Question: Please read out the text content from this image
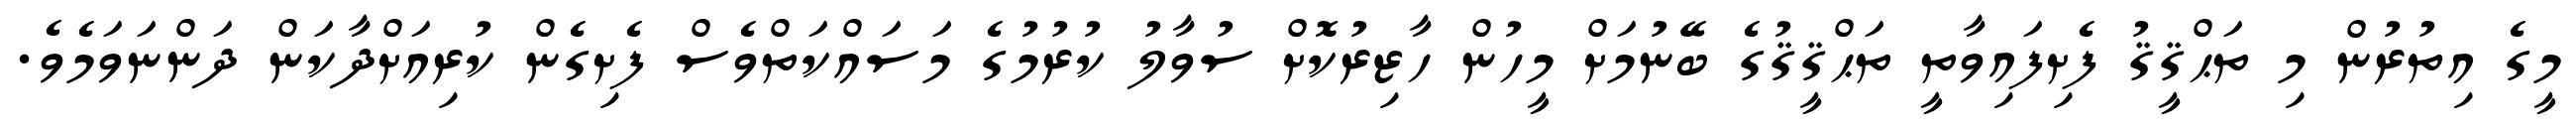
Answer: މީގެ އިތުރުން މި ތަޙްޤީޤު ފެށިފައިވާތީ ތަޙްޤީޤުގެ ބޭނުމަށް މީހުން ހާޒިރުކޮށް ސުވާލު ކުރުމުގެ މަސައްކަތްވެސް ފެށިގެން ކުރިއަށްދާކަން ދަންނަވަމެވެ.